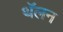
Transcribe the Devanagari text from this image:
थॅलन